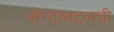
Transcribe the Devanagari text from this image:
सैन्याबद्दलची